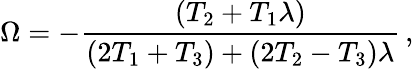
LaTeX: \Omega=-{\frac{(T_{2}+T_{1}\lambda)}{(2T_{1}+T_{3})+(2T_{2}-T_{3})\lambda}}\, ,